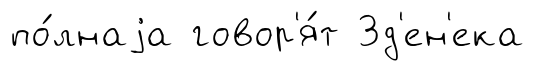
по́лнаjа говор'я́т Зд'ен'ека